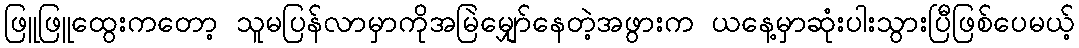
ဖြူဖြူထွေးကတော့ သူမပြန်လာမှာကိုအမြဲမျှော်နေတဲ့အဖွားက ယနေ့မှာဆုံးပါးသွားပြီဖြစ်ပေမယ့်